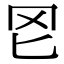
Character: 𦉮